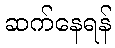
ဆက်နေရန်